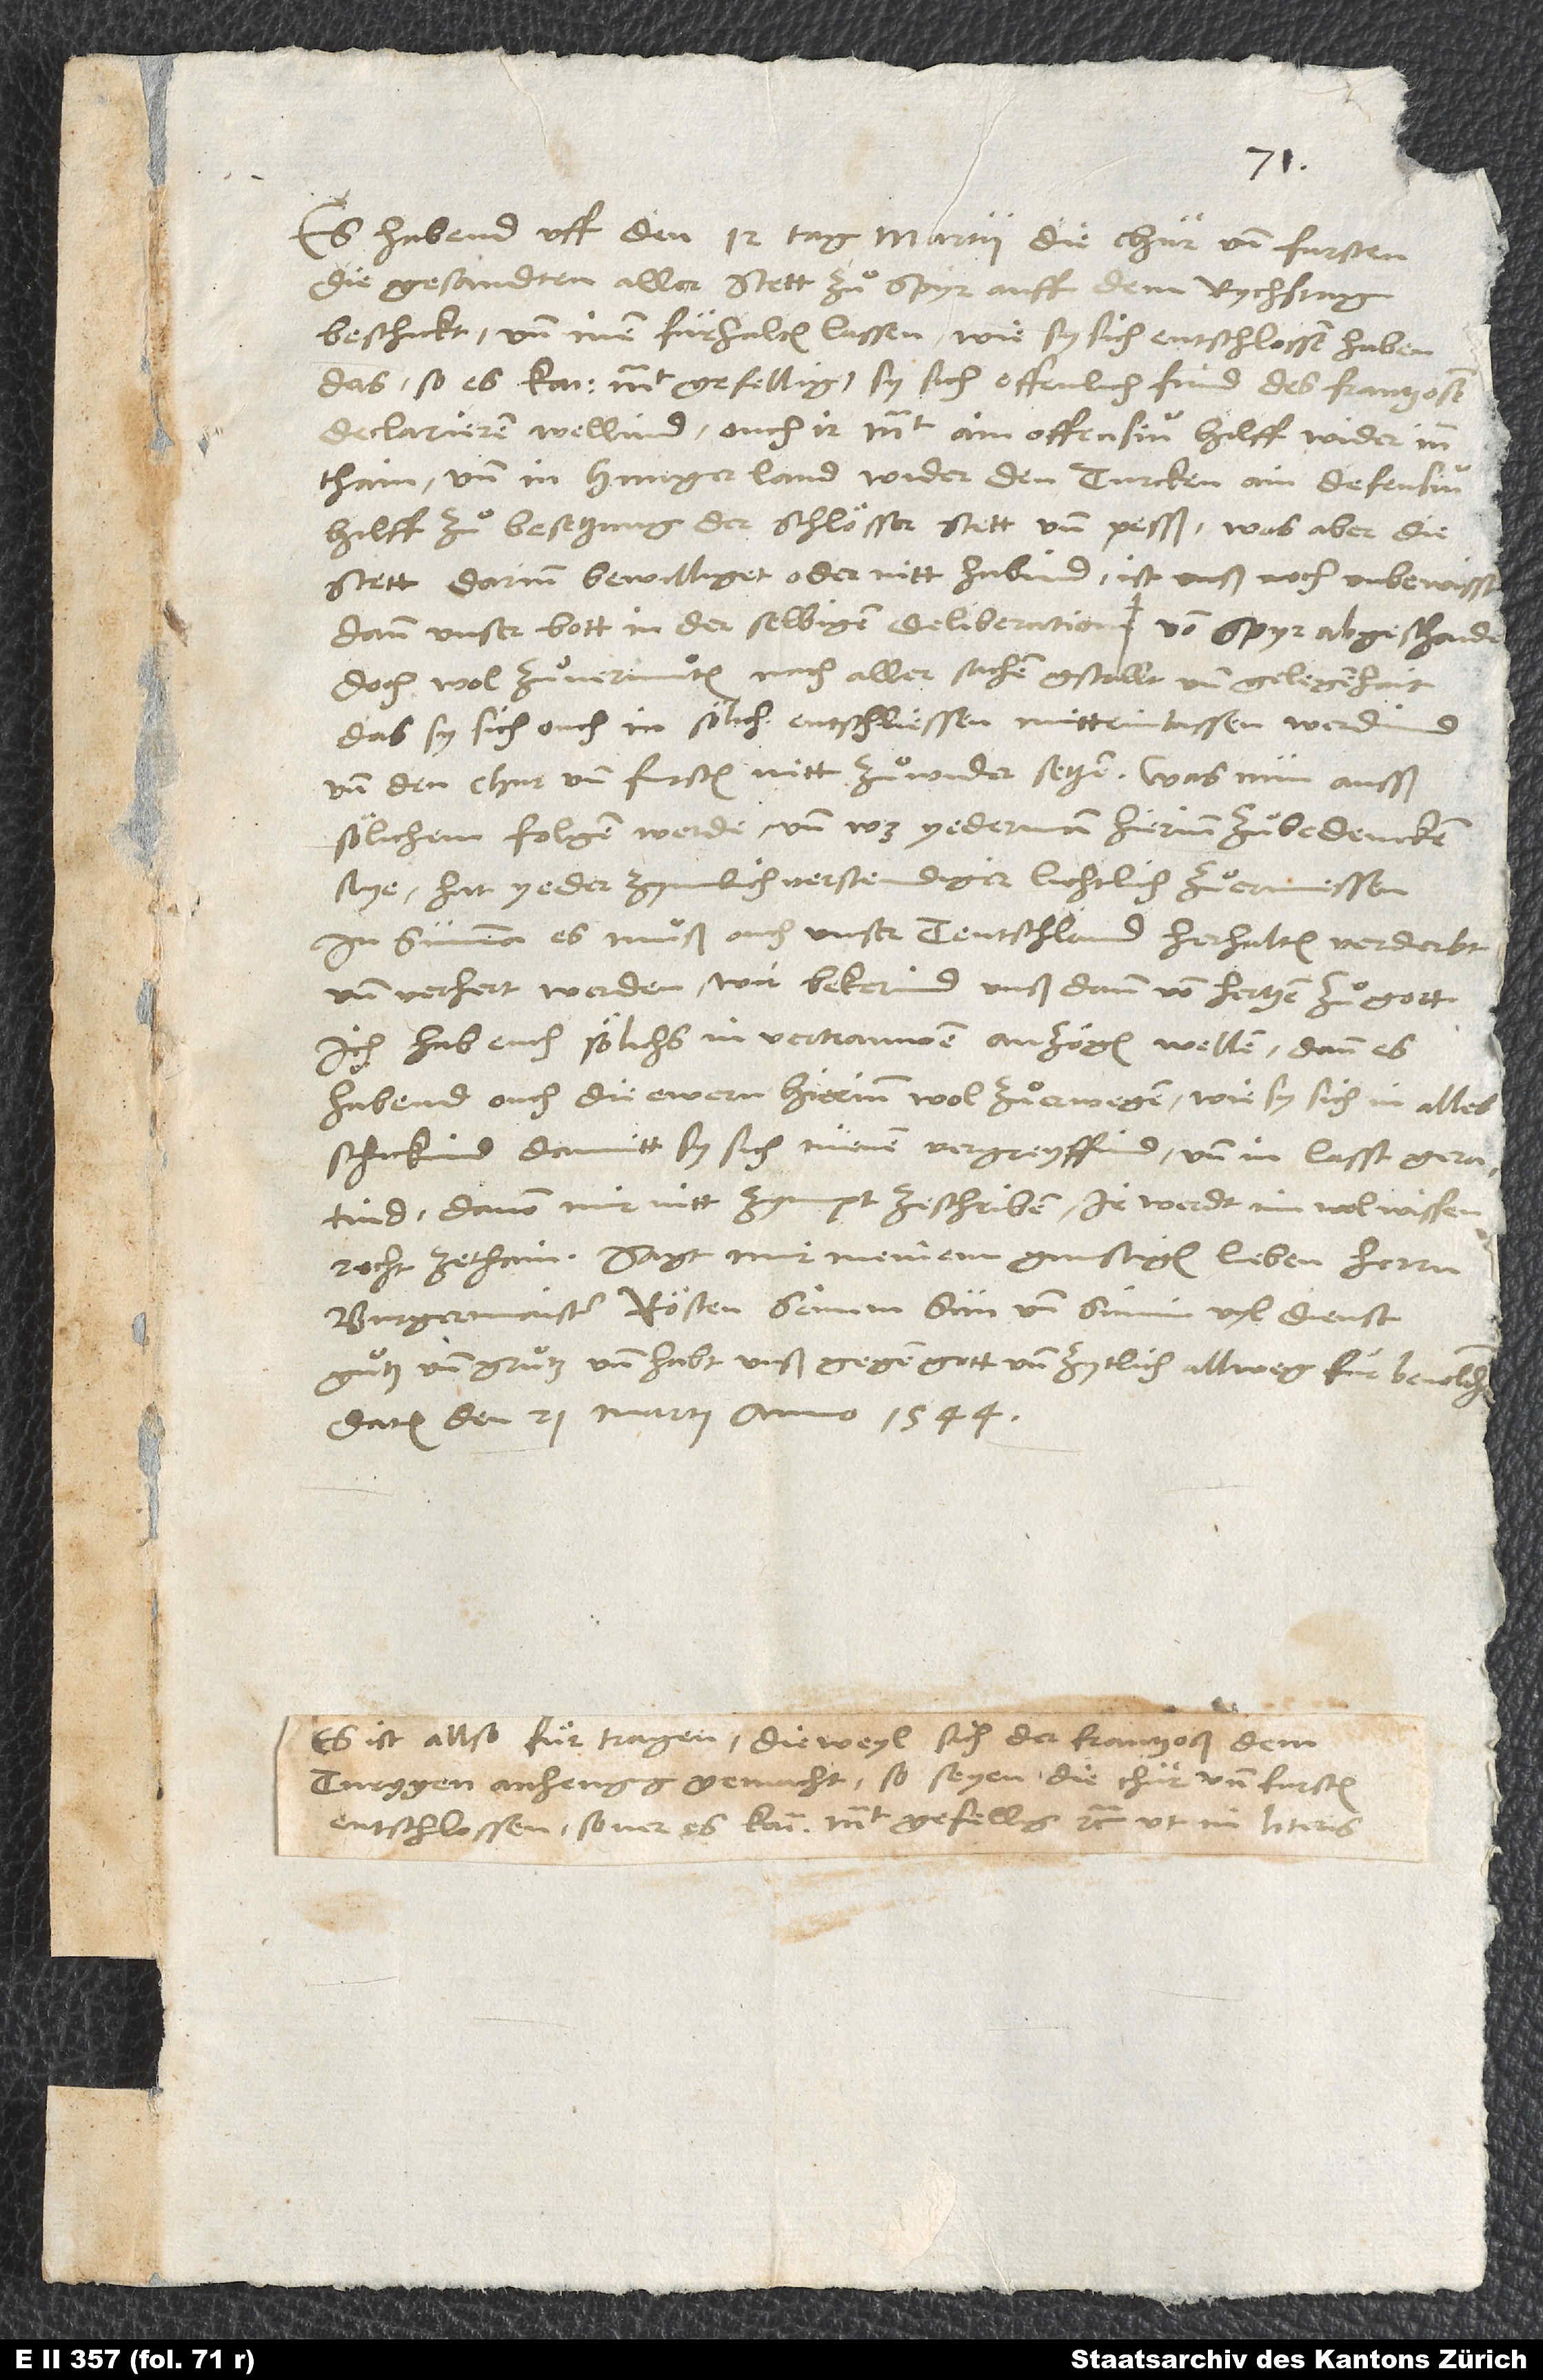
Es habend uff den 12. tag martii die chur- und fursten
die gesandten aller stett zuͦ Spyr auff dem rychstag
beschickt und inen fürhalten lassen, wie sy sich entschlossen haben,
das, so es kai. mt. gefellig, sy sich offenlich find des Frantzosen
declarieren wellind, ouch ir mt. ain offensiv hilff wider inn
thain und in Hungerland wider den Turcken ain defensiv
stett darinn bewilliget oder nitt habind, ist unß noch unbewisst;
dann unser bott in der selbigen deliberation von Spyr abgeschaiden.
Doch wol zuͦvermuͦten nach aller sachen gstallt und gelegenhait,
das sy sich ouch in sölich entschliessen mitteinlassen werdind
und den chur- und fursten nitt zuͦwider setzen. Was nun ausß
sölichem folgen werde und was yederman hierinn zuͦbedencken
sye, hat yeder zymlich verstendiger lichtlich zuͦermessen.
summa: Es muͦß ouch unser Teutschland herhalten, verderbt
und verhert werden, wir bekerind unß dann von hertzen zuͦ gott.
Ich hab euch sölichs in vertrauwen anzögen wellen; dann es
habend ouch die ewern hierinn wol zuͦerwegen, wie sy sich in alles
schickind, damitt sy sich nienen vergreyffind und in lasst geratind,
davon mir nitt zympt zeschriben; ir werdt im wol wissen
Sagt mir meinem gunstigen lieben herrn
burgermaister Rösten, seinem sun und sünin vyl dienst,
guͦtz und gruͦtz, und habt unß gegen gott und zytlich allweg für bevolchen.
Datum den 21. martii anno 1544.